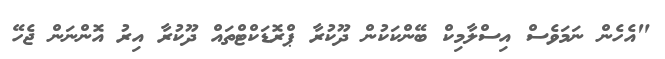
"އެހެން ނަމަވެސް އިސްލާމިކް ބޭންކަކުން ދޫކުރާ ޕްރޮޑަކްޓްތައް ދޫކުރާ އިރު އޮންނަން ޖެހޭ